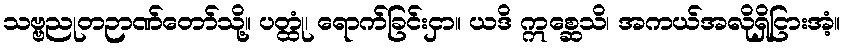
သဗ္ဗညုတဉာဏ်တော်သို့။ ပတ္ထုံ၊ ရောက်ခြင်းငှာ။ ယဒိ ဣစ္ဆေသိ၊ အကယ်အလိုရှိငြားအံ့။